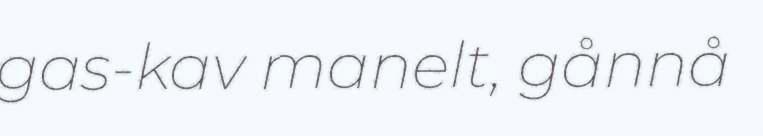
gas-kav manelt, gånnå